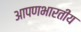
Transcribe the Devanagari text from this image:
आपणभारतीय